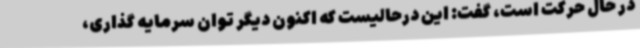
در حال حرکت است، گفت: این درحالیست که اکنون دیگر توان سرمایه گذاری،